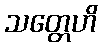
သတ္တေဟိ